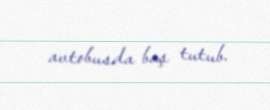
avtobusda baş tutub.